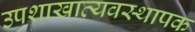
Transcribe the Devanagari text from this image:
उपशाखाव्यवस्थापक